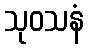
သုဝသနံ